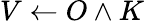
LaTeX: V\leftarrow O\land K